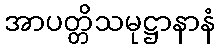
အာပတ္တိသမုဋ္ဌာနာနံ